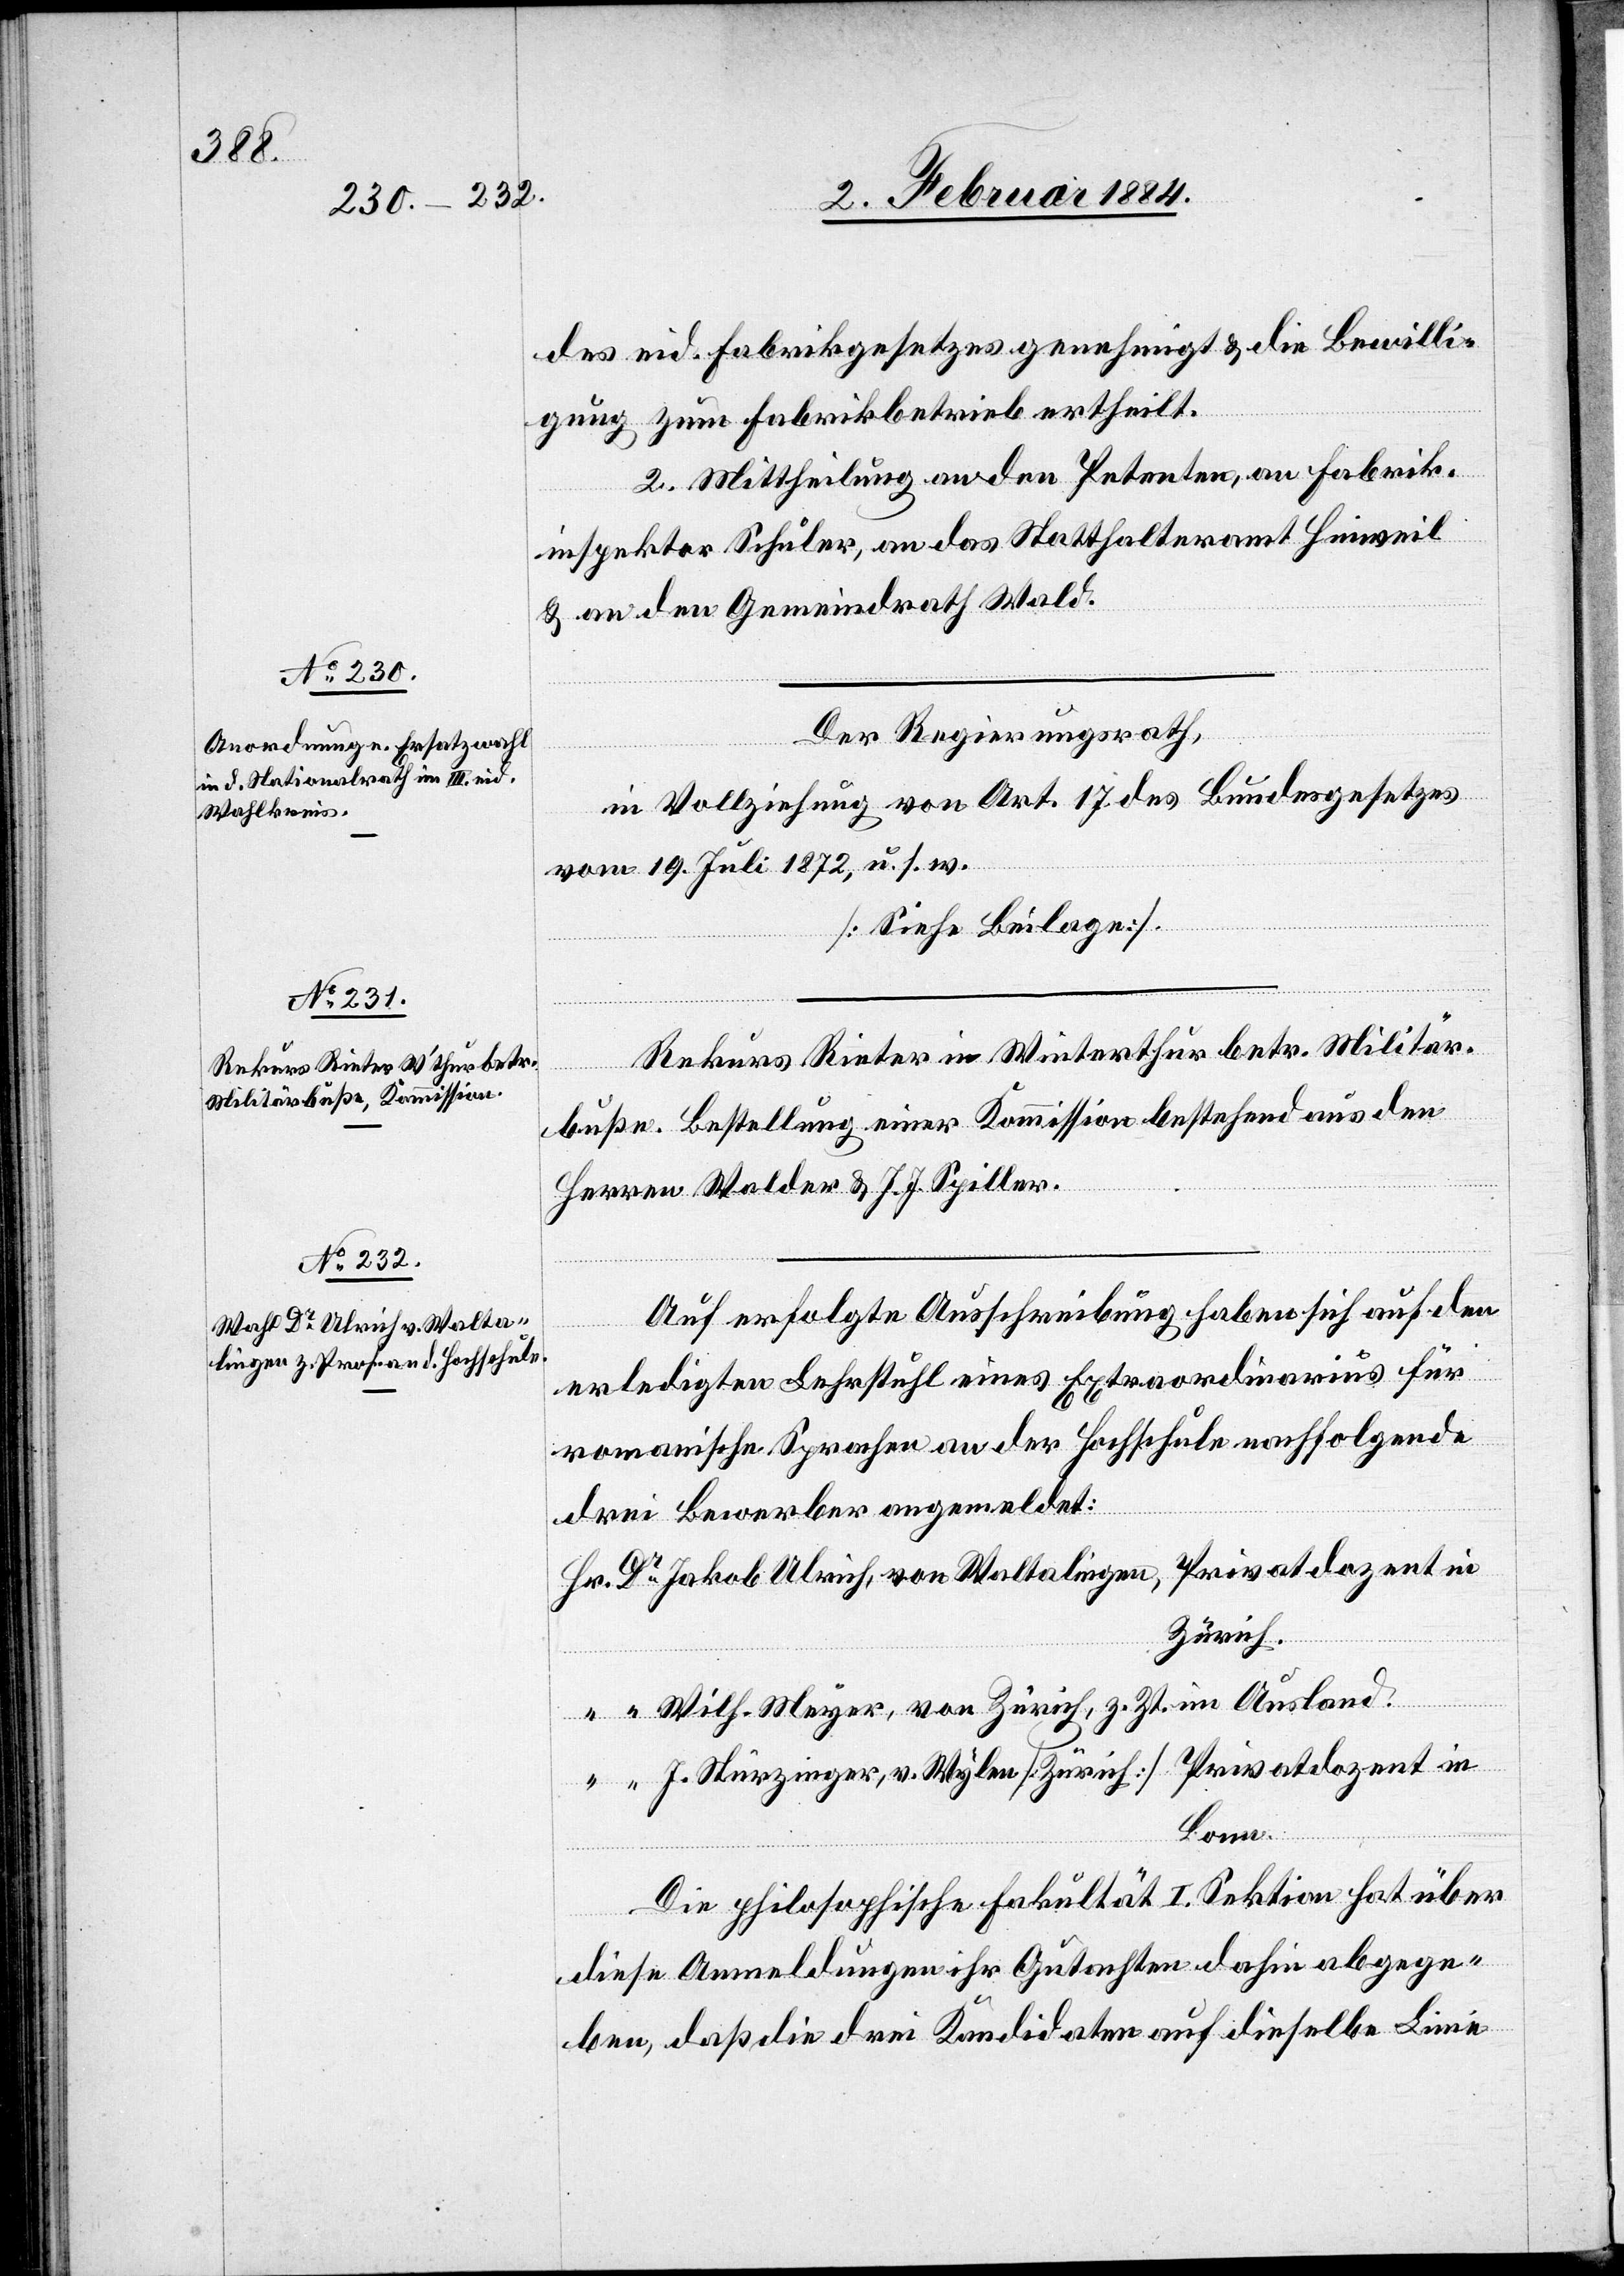
des eid. Fabrikgesetzes genehmigt & die Bewilli¬
gung zum Fabrikbetrieb ertheilt.
2. Mittheilung an den Petenten, an Fabrik¬
inspektor Schuler, an das Statthalteramt Hinweil
& an den Gemeindrath Wald.
Der Regierungsrath,
in Vollziehung von Art. 17 des Bundesgesetzes
vom 19. Juli 1872, u. s. w.
[Siehe Beilage].
Rekurs Rieter in Winterthur betr. Militär¬
buße. Bestellung einer Kommission bestehend aus den
Herrn Walder & J. J. Spiller.
Auf erfolgte Ausschreibung haben sich auf den
erledigten Lehrstuhl eines Extraordinarius für
romanische Sprachen an der Hochschule nachfolgende
drei Bewerber angemeldet:
Hr. Dr Jakob Ulrich, von Waltalingen, Privatdozent in
Zürich.
“ “ Wilh. Meyer, von Zürich, z. Zt. im Ausland.
“ “ J. Sturzinger, v. Wylen [Zürich] Privatdozent in
Bonn.
Die philosophische Fakultät I. Sektion hat über
diese Anmeldungen ihr Gutachten dahin abgege¬
ben, daß die drei Kandidaten auf dieselbe Linie